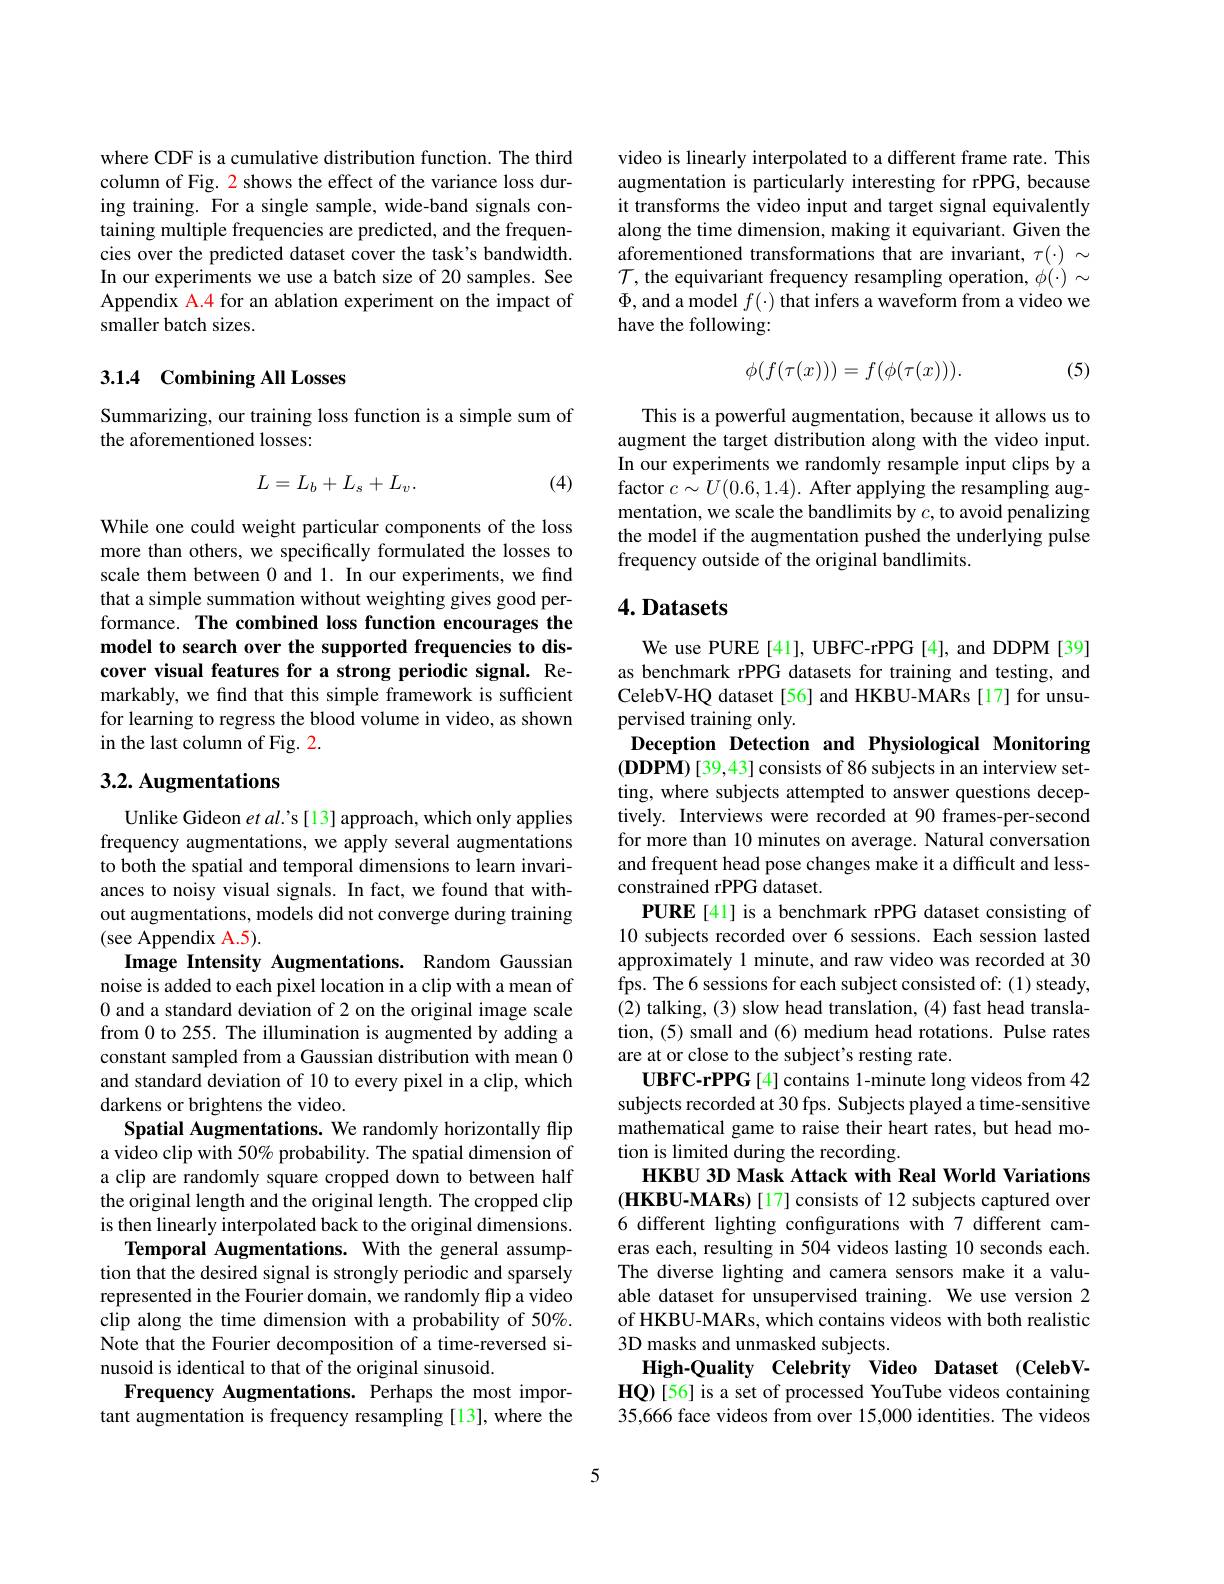
where CDF is a cumulative distribution function. The third column of Fig. 2 shows the effect of the variance loss during training. For a single sample, wide-band signals containing multiple frequencies are predicted, and the frequencies over the predicted dataset cover the task's bandwidth. In our experiments we use a batch size of 20 samples. See Appendix A.4 for an ablation experiment on the impact of smaller batch sizes.

## 3.1.4 Combining All Losses

Summarizing, our training loss function is a simple sum of
the aforementioned losses:
$$L=L_b+L_s+L_v.$$
(4)

While one could weight particular components of the loss more than others, we specifically formulated the losses to scale them between 0 and 1. In our experiments, we find that a simple summation without weighting gives good performance. The combined loss function encourages the model to search over the supported frequencies to discover visual features for a strong periodic signal. Remarkably, we find that this simple framework is sufficient for learning to regress the blood volume in video, as shown in the last column of Fig. 2.

# 3.2. Augmentations

Unlike Gideon et al's [13] approach, which only applies frequency augmentations, we apply several augmentations to both the spatial and temporal dimensions to learn invariances to noisy visual signals. In fact, we found that without augmentations, models did not converge during training (see Appendix A.5).
Image Intensity Augmentations. Random Gaussian noise is added to each pixel location in a clip with a mean of 0 and a standard deviation of 2 on the original image scale from 0 to 255. The illumination is augmented by adding a constant sampled from a Gaussian distribution with mean 0 and standard deviation of 10 to every pixel in a clip, which darkens or brightens the video.
Spatial Augmentations. We randomly horizontally flip a video clip with 50% probability. The spatial dimension of a clip are randomly square cropped down to between half the original length and the original length. The cropped clip is then linearly interpolated back to the original dimensions.
Temporal Augmentations. With the general assumption that the desired signal is strongly periodic and sparsely represented in the Fourier domain, we randomly flip a video clip along the time dimension with a probability of 50%. Note that the Fourier decomposition of a time-reversed sinusoid is identical to that of the original sinusoid.
Frequency Augmentations. Perhaps the most important augmentation is frequency resampling [13], where the

video is linearly interpolated to a different frame rate. This augmentation is particularly interesting for rPPG, because it transforms the video input and target signal equivalently along the time dimension, making it equivariant. Given the aforementioned transformations that are invariant, $\tau(\cdot)\sim$ $\mathcal{T}$, the equivariant frequency resampling operation, $\phi(\cdot)\sim$ $\Phi$, and a model $f(\cdot)$ that infers a waveform from a video we have the following:

(5)
$$\phi(f(\tau(x)))=f(\phi(\tau(x))).$$
This is a powerful augmentation, because it allows us to augment the target distribution along with the video input. In our experiments we randomly resample input clips by a factor $c\sim U(0.6,1.4).$ After applying the resampling augmentation, we scale the bandlimits by $c$, to avoid penalizing the model if the augmentation pushed the underlying pulse frequency outside of the original bandlimits.

## $4. \textbf{Datasets}$

We use PURE [41], UBFC-rPPG [4], and DDPM [39] as benchmark rPPG datasets for training and testing, and CelebV-HQ dataset [56] and HKBU-MARs [17] for unsupervised training only.
Deception Detection and Physiological Monitoring $(\mathbf{DDPM})[39,43]$ consists of 86 subjects in an interview setting, where subjects attempted to answer questions deceptively. Interviews were recorded at 90 frames-per-second for more than 10 minutes on average. Natural conversation and frequent head pose changes make it a difficult and lessconstrained rPPG dataset.
PURE [41] is a benchmark rPPG dataset consisting of 10 subjects recorded over 6 sessions. Each session lasted approximately 1 minute, and raw video was recorded at 30 fps. The 6 sessions for each subject consisted of: (1) steady, (2) talking, (3) slow head translation, (4) fast head translation, (5) small and (6) medium head rotations. Pulse rates are at or close to the subject's resting rate.
UBFC-rPPG[4] contains 1-minute long videos from 42 subjects recorded at 30 fps. Subjects played a time-sensitive mathematical game to raise their heart rates, but head motion is limited during the recording
HKBU 3D Mask Attack with Real World Variations (HKBU-MARs) [17] consists of 12 subjects captured over 6 different lighting configurations with 7 different cameras each, resulting in 504 videos lasting 10 seconds each. The diverse lighting and camera sensors make it a valuable dataset for unsupervised training. We use version 2 of HKBU-MARs, which contains videos with both realistic 3D masks and unmasked subjects.
High-Quality Celebrity Video Dataset (CelebVHQ)[56] is a set of processed YouTube videos containing 35,666 face videos from over 15,000 identities. The videos

5